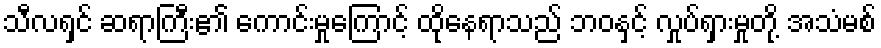
သီလရှင် ဆရာကြီး၏ ကောင်းမှုကြောင့် ထိုနေရာသည် ဘဝနှင့် လှုပ်ရှားမှုတို့ အသံမစ်